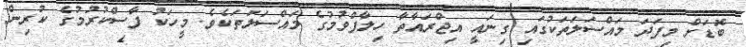
ބޮޑަށް މިފަދަ މައްސަލަތަކުގައި ގިނައީ އިޖްރައާތާ ހިލާފްވުމުގެ މައްސަލަތަކެވެ. މީހަކު ފާސްކުރުމުގެ ކުރިން